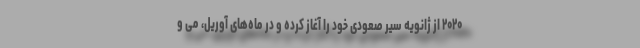
۲۰۲۰ از ژانویه سیر صعودی خود را آغاز کرده و در ماه‌های آوریل، می و